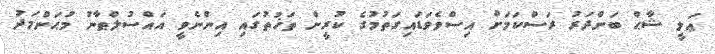
ޢަލީ ޝާޙް ބަންދަރު ރަސްކަމަށް އިސްވެވަޑައިގަތުމުގެ ކުރީން ތަޚުތުގައި އިންނެވީ އައްސުލްޠާނު މުޙަންމަދު